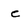
Character: e